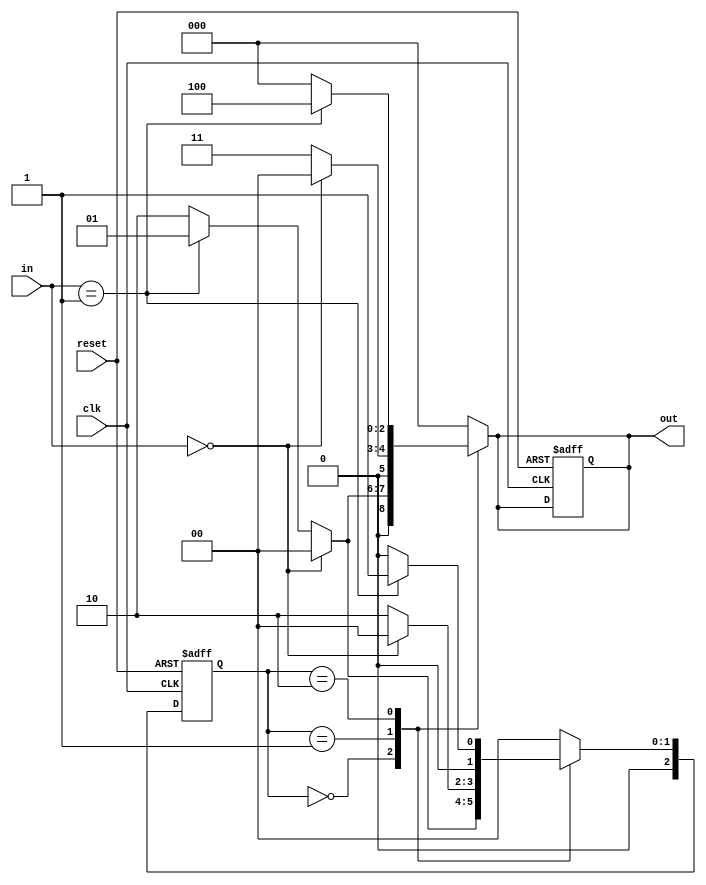
module NBitMealyFSM #(
    parameter N = 3,  // Number of states (can be adjusted)
    parameter INPUT_WIDTH = 2  // Width of input signals
)(
    input wire clk,                // Clock signal
    input wire reset,              // Reset signal
    input wire [INPUT_WIDTH-1:0] in, // Input signals
    output reg [N-1:0] out         // Output signals (N-bit)
);

// State encoding
localparam S0 = 3'b000;
localparam S1 = 3'b001;
localparam S2 = 3'b010;
// Add more states as needed...

// State register
reg [N-1:0] current_state, next_state;

// State transition logic (combinational)
always @(*) begin
    case (current_state)
        S0: begin
            if (in == 2'b00) begin
                next_state = S0;
                out = 3'b000; // Output for S0
            end else if (in == 2'b01) begin
                next_state = S1;
                out = 3'b001; // Output for transition to S1
            end else begin
                next_state = S2; // Default transition
                out = 3'b010;    // Output for transition to S2
            end
        end
        
        S1: begin
            if (in == 2'b00) begin
                next_state = S0;
                out = 3'b000; // Output for transition back to S0
            end else begin
                next_state = S2; // Transition to S2
                out = 3'b011;    // Output for transition to S2
            end
        end
        
        S2: begin
            if (in == 2'b01) begin
                next_state = S1; // Transition back to S1
                out = 3'b100;    // Output for transition to S1
            end else begin
                next_state = S0; // Default transition
                out = 3'b000;    // Output for transition to S0
            end
        end
        
        default: begin
            next_state = S0; // Default state
            out = 3'b000;    // Default output
        end
    endcase
end

// State update (sequential)
always @(posedge clk or posedge reset) begin
    if (reset) begin
        current_state <= S0; // Initialize to state S0 on reset
        out <= 3'b000;       // Initialize output
    end else begin
        current_state <= next_state; // Update state
    end
end

endmodule